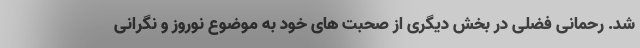
شد. رحمانی فضلی در بخش دیگری از صحبت های خود به موضوع نوروز و نگرانی